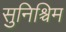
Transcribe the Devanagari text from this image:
सुनिश्चिम